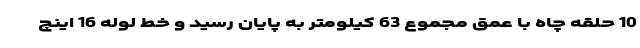
10 حلقه چاه با عمق مجموع 63 کیلومتر به پایان رسید و خط لوله 16 اینچ